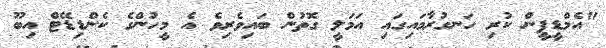
"އެމްޑީޕީން ކުރި ހަނގުރާމައިގައި އަމަލީ ގޮތުން ބައިވެރިވެ އެ މީހުންގެ ކެންޑިޑޭޓް އިބޫ